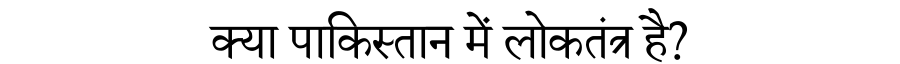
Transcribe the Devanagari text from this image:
क्या पाकिस्तान में लोकतंत्र है?